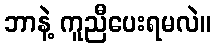
ဘာနဲ့ ကူညီပေးရမလဲ။